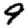
Digit: 9